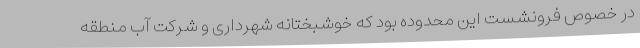
در خصوص فرونشست این محدوده بود که خوشبختانه شهرداری و شرکت آب منطقه